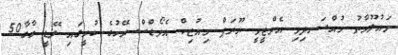
މައުލޫމާތު މުއްސަނދިވި އެމްޓީވީ ޔޫރަޕް މިއުޒިކް އެވޯޑްސް ރޭހުގެ ކުރީގައި ލޭޑީ ގާގާ50